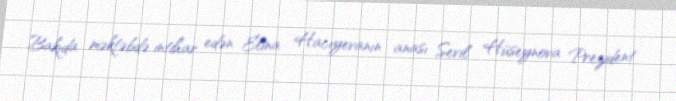
Bakıda məktəbdə intihar edən Elina Hacıyevanın anası Sevil Hüseynova Prezident